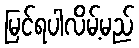
မြင်ရပါလိမ့်မည်